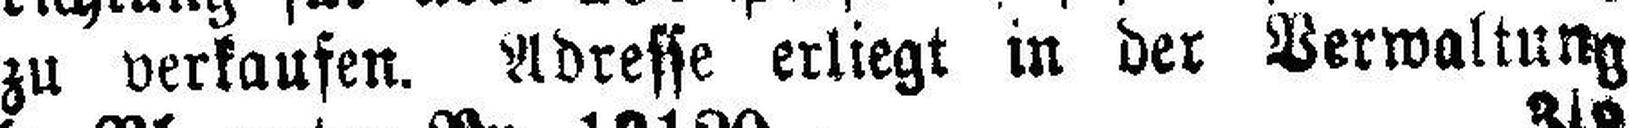
zu verkaufen. Adresse erliegt in der Verwaltung